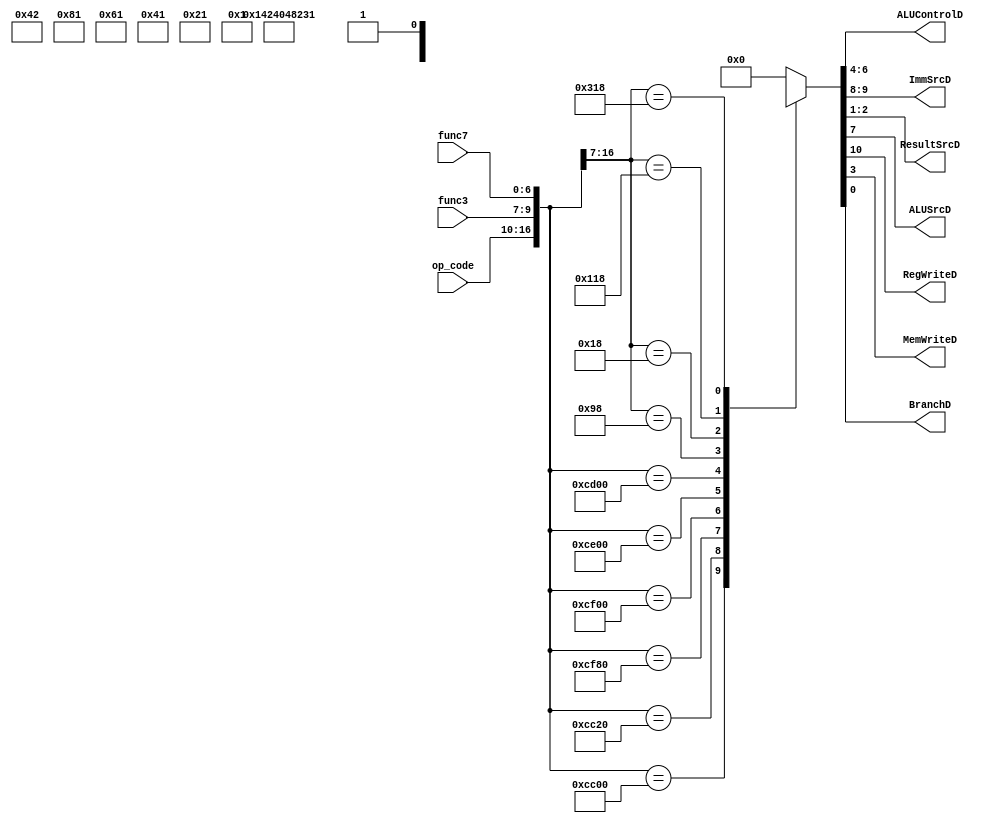
module ControlUnit
(
	input [6:0] op_code, func7,
	input [2:0] func3,
  	output reg [2:0] ALUControlD,
  	output reg [1:0] ImmSrcD, ResultSrcD,
	output reg ALUSrcD, RegWriteD, MemWriteD, BranchD
);
	always@*
	begin
		casez({op_code, func3, func7})
			17'b0110011_000_0000000 : {RegWriteD, ImmSrcD, ALUSrcD, ALUControlD, MemWriteD, ResultSrcD, BranchD} = {1'b1, 2'bxx, 1'b0, 3'b000, 1'b0, 2'b00, 1'b0};
			17'b0110011_000_0100000 : {RegWriteD, ImmSrcD, ALUSrcD, ALUControlD, MemWriteD, ResultSrcD, BranchD} = {1'b1, 2'bxx, 1'b0, 3'b001, 1'b0, 2'b00, 1'b0};
			17'b0110011_111_0000000 : {RegWriteD, ImmSrcD, ALUSrcD, ALUControlD, MemWriteD, ResultSrcD, BranchD} = {1'b1, 2'bxx, 1'b0, 3'b010, 1'b0, 2'b00, 1'b0};	
			17'b0110011_110_0000000 : {RegWriteD, ImmSrcD, ALUSrcD, ALUControlD, MemWriteD, ResultSrcD, BranchD} = {1'b1, 2'bxx, 1'b0, 3'b011, 1'b0, 2'b00, 1'b0};	
			17'b0110011_100_0000000 : {RegWriteD, ImmSrcD, ALUSrcD, ALUControlD, MemWriteD, ResultSrcD, BranchD} = {1'b1, 2'bxx, 1'b0, 3'b100, 1'b0, 2'b00, 1'b0};
			17'b0110011_010_0000000 : {RegWriteD, ImmSrcD, ALUSrcD, ALUControlD, MemWriteD, ResultSrcD, BranchD} = {1'b1, 2'bxx, 1'b0, 3'b101, 1'b0, 2'b00, 1'b0};
         	17'b0010011_000_??????? : {RegWriteD, ImmSrcD, ALUSrcD, ALUControlD, MemWriteD, ResultSrcD, BranchD} = {1'b1, 2'b00, 1'b1, 3'b000, 1'b0, 2'b00, 1'b0};
			17'b0000011_000_??????? : {RegWriteD, ImmSrcD, ALUSrcD, ALUControlD, MemWriteD, ResultSrcD, BranchD} = {1'b1, 2'b00, 1'b1, 3'b000, 1'b0, 2'b01, 1'b0};
			17'b0100011_000_??????? : {RegWriteD, ImmSrcD, ALUSrcD, ALUControlD, MemWriteD, ResultSrcD, BranchD} = {1'b0, 2'b01, 1'b1, 3'b000, 1'b1, 2'bxx, 1'b0};
			17'b1100011_000_???????	: {RegWriteD, ImmSrcD, ALUSrcD, ALUControlD, MemWriteD, ResultSrcD, BranchD} = {1'b0, 2'b10, 1'b0, 3'b001, 1'b0, 2'bxx, 1'b1};
			default: {RegWriteD, ImmSrcD, ALUSrcD, ALUControlD, MemWriteD, ResultSrcD, BranchD} = {1'b0, 2'b00, 1'b0, 3'b000, 1'b0, 2'b00, 1'b0};
		endcase
	end
endmodule